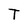
Character: T